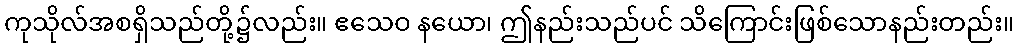
ကုသိုလ်အစရှိသည်တို့၌လည်း။ ဧသေဝ နယော၊ ဤနည်းသည်ပင် သိကြောင်းဖြစ်သောနည်းတည်း။